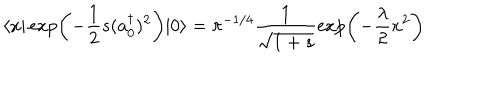
\langle x \vert \exp \left( - \frac { 1 } { 2 } s ( a _ { 0 } ^ { \dagger } ) ^ { 2 } \right) | 0 \rangle = \pi ^ { - 1 / 4 } \frac { 1 } { \sqrt { 1 + s } } \exp \left( - \frac { \lambda } { 2 } x ^ { 2 } \right)